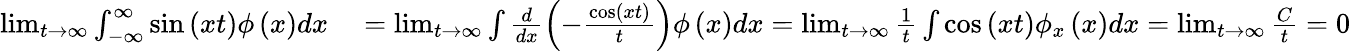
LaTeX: \begin{array}{rl}{\operatorname*{lim}_{t\rightarrow\infty}\int_{-\infty}^{\infty}\sin\left(xt\right)\phi\left(x\right)dx}&{{}=\operatorname*{lim}_{t\rightarrow\infty}\int\frac{d}{dx}\left(-\frac{\cos\left(xt\right)}{t}\right)\phi\left(x\right)dx=\operatorname*{lim}_{t\rightarrow\infty}\frac{1}{t}\int\cos\left(xt\right)\phi_{x}\left(x\right)dx=\operatorname*{lim}_{t\rightarrow\infty}\frac{C}{t}=0}\end{array}